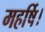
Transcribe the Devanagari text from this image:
महर्षि।